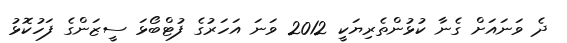
ދެ ވަނައަށް ގެނާ ކުޅުންތެރިޔަކީ 2012 ވަނަ އަހަރުގެ ފުޓްބޯޅަ ސީޒަންގެ ފަހުކޮޅު